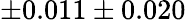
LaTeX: \pm 0.011\pm 0.020